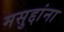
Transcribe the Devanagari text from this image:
मसुद्दांना